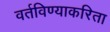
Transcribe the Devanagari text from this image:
वर्तविण्याकरिता